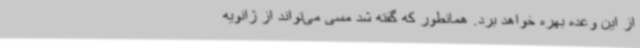
از این وعده بهره خواهد برد. همانطور که گفته شد مسی می‌تواند از ژانویه